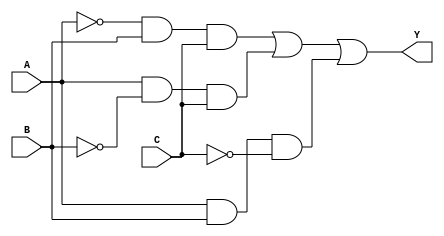
module sop_circuit (
    input wire A,    // First input
    input wire B,    // Second input
    input wire C,    // Third input
    output wire Y    // Output
);

// Internal wires to hold the results of the AND operations
wire term1;    // A'BC
wire term2;    // AB'C
wire term3;    // ABC'

// Combinational logic for the terms
assign term1 = ~A & B & C;  // A'BC
assign term2 = A & ~B & C;  // AB'C
assign term3 = A & B & ~C;  // ABC'

// Final output using OR gate to sum the product terms
assign Y = term1 | term2 | term3;  // Y = A'BC + AB'C + ABC'

endmodule